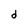
Character: d